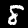
Label: 8